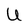
Character: U